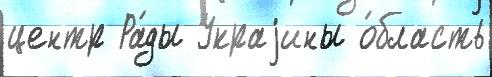
центр Ра́ды Украjины о́бласть